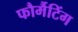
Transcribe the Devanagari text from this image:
फौर्मैटिंग